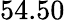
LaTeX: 54.50